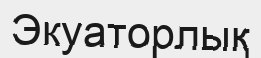
Экуаторлық